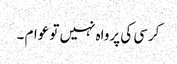
کرسی کی پرواہ نہیں تو عوام ۔